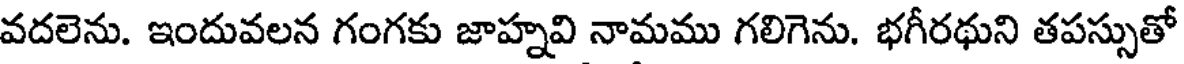
వదలెను. ఇందువలన గంగకు జాహ్నవి నామము గలిగెను. భగీరథుని తపస్సుతో